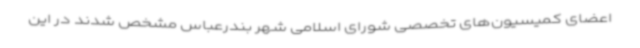
اعضای کمیسیون‌های تخصصی شورای اسلامی شهر بندرعباس مشخص شدند در این